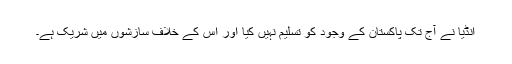
انڈیا نے آج تک پاکستان کے وجود کو تسلیم نہیں کیا اور اس کے خلاف سازشوں میں شریک ہے۔